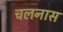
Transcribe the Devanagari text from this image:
चलनास